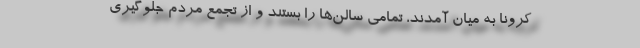
کرونا به میان آمدند، تمامی سالن‌ها را بستند و از تجمع مردم جلوگیری